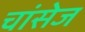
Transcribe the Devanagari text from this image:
चांसेज